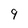
Character: 9